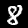
Label: 8